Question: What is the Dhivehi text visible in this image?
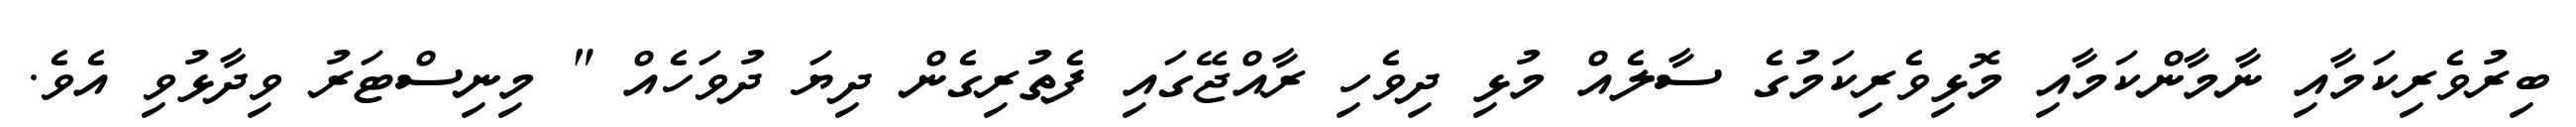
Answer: ބިރުވެރިކަމާއި ނާމާންކަމާއި މޮޅިވެރިކަމުގެ ސާލެއް މުޅި ދިވެހި ރާއްޖޭގައި ފެތުރިގެން ދިޔަ ދުވަހެއް " މިނިސްޓަރު ވިދާޅުވި އެވެ.